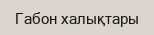
Габон халықтары